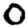
Digit: 0